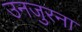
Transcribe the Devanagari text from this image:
उनजुरना